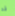
قد